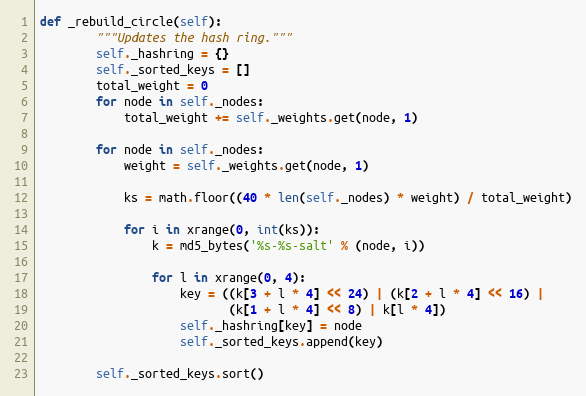
Language: Python
def _rebuild_circle(self):
        """Updates the hash ring."""
        self._hashring = {}
        self._sorted_keys = []
        total_weight = 0
        for node in self._nodes:
            total_weight += self._weights.get(node, 1)

        for node in self._nodes:
            weight = self._weights.get(node, 1)

            ks = math.floor((40 * len(self._nodes) * weight) / total_weight)

            for i in xrange(0, int(ks)):
                k = md5_bytes('%s-%s-salt' % (node, i))

                for l in xrange(0, 4):
                    key = ((k[3 + l * 4] << 24) | (k[2 + l * 4] << 16) |
                           (k[1 + l * 4] << 8) | k[l * 4])
                    self._hashring[key] = node
                    self._sorted_keys.append(key)

        self._sorted_keys.sort()